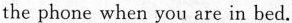
the phone when you are in bed.